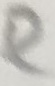
Text: R